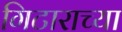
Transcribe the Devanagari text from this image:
गिटाराच्या